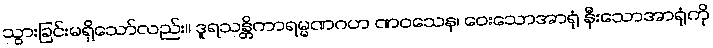
သွားခြင်းမရှိသော်လည်း။ ဒူရသန္တိကာရမ္မဏဂဟ ဏဝသေန၊ ဝေးသောအာရုံ နီးသောအာရုံကို